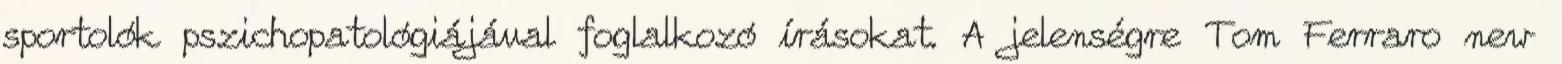
sportolók pszichopatológiájával foglalkozó írásokat. A jelenségre Tom Ferraro new